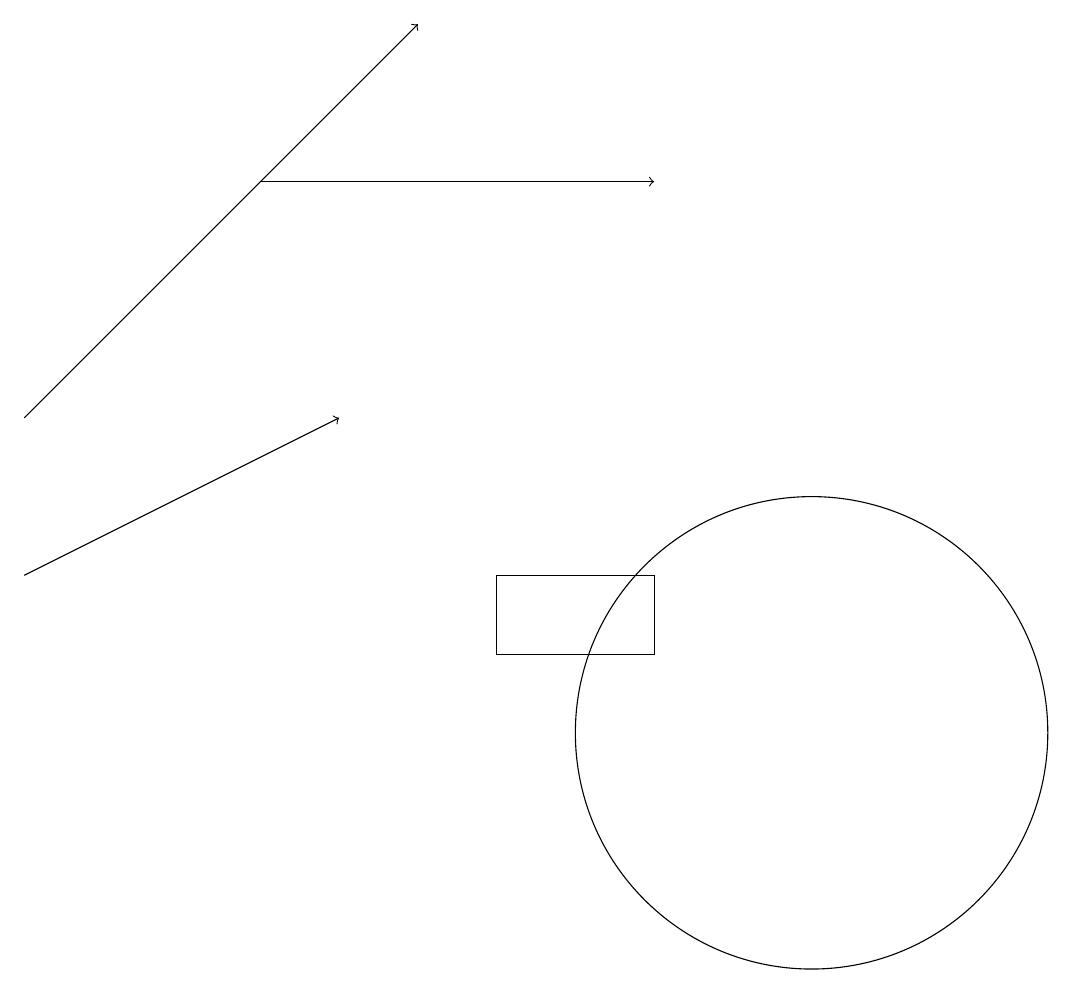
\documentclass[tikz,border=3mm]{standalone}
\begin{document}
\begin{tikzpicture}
\draw[->] (4,17) -- (9,17);
\draw (9,11) rectangle (7,12);
\draw[->] (1,12) -- (5,14);
\draw (11,10) circle (3);
\draw[->] (1,14) -- (6,19);
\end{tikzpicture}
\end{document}